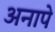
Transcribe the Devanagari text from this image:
अनापे